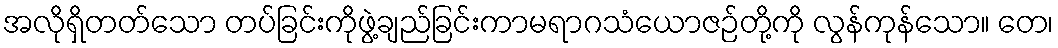
အလိုရှိတတ်သော တပ်ခြင်းကိုဖွဲ့ချည်ခြင်းကာမရာဂသံယောဇဉ်တို့ကို လွန်ကုန်သော။ တေ၊